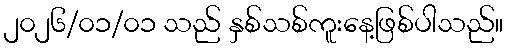
၂၀၂၆/၀၁/၀၁ သည် နှစ်သစ်ကူးနေ့ဖြစ်ပါသည်။